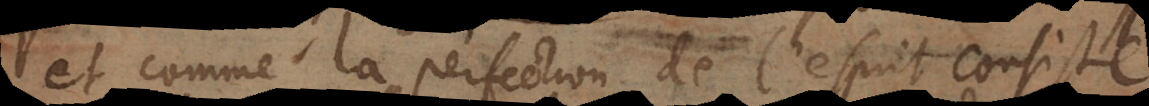
et comme la perfection de l’esprit consiste